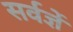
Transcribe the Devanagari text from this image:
सर्वज्ञें